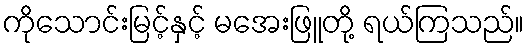
ကိုသောင်းမြင့်နှင့် မအေးဖြူတို့ ရယ်ကြသည်။